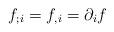
LaTeX: \begin{align*}f_{;i}=f_{,i}=\partial_{i}f\end{align*}